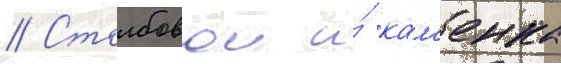
// Столбовои и́ кам'енка